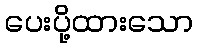
ပေးပို့ထားသော